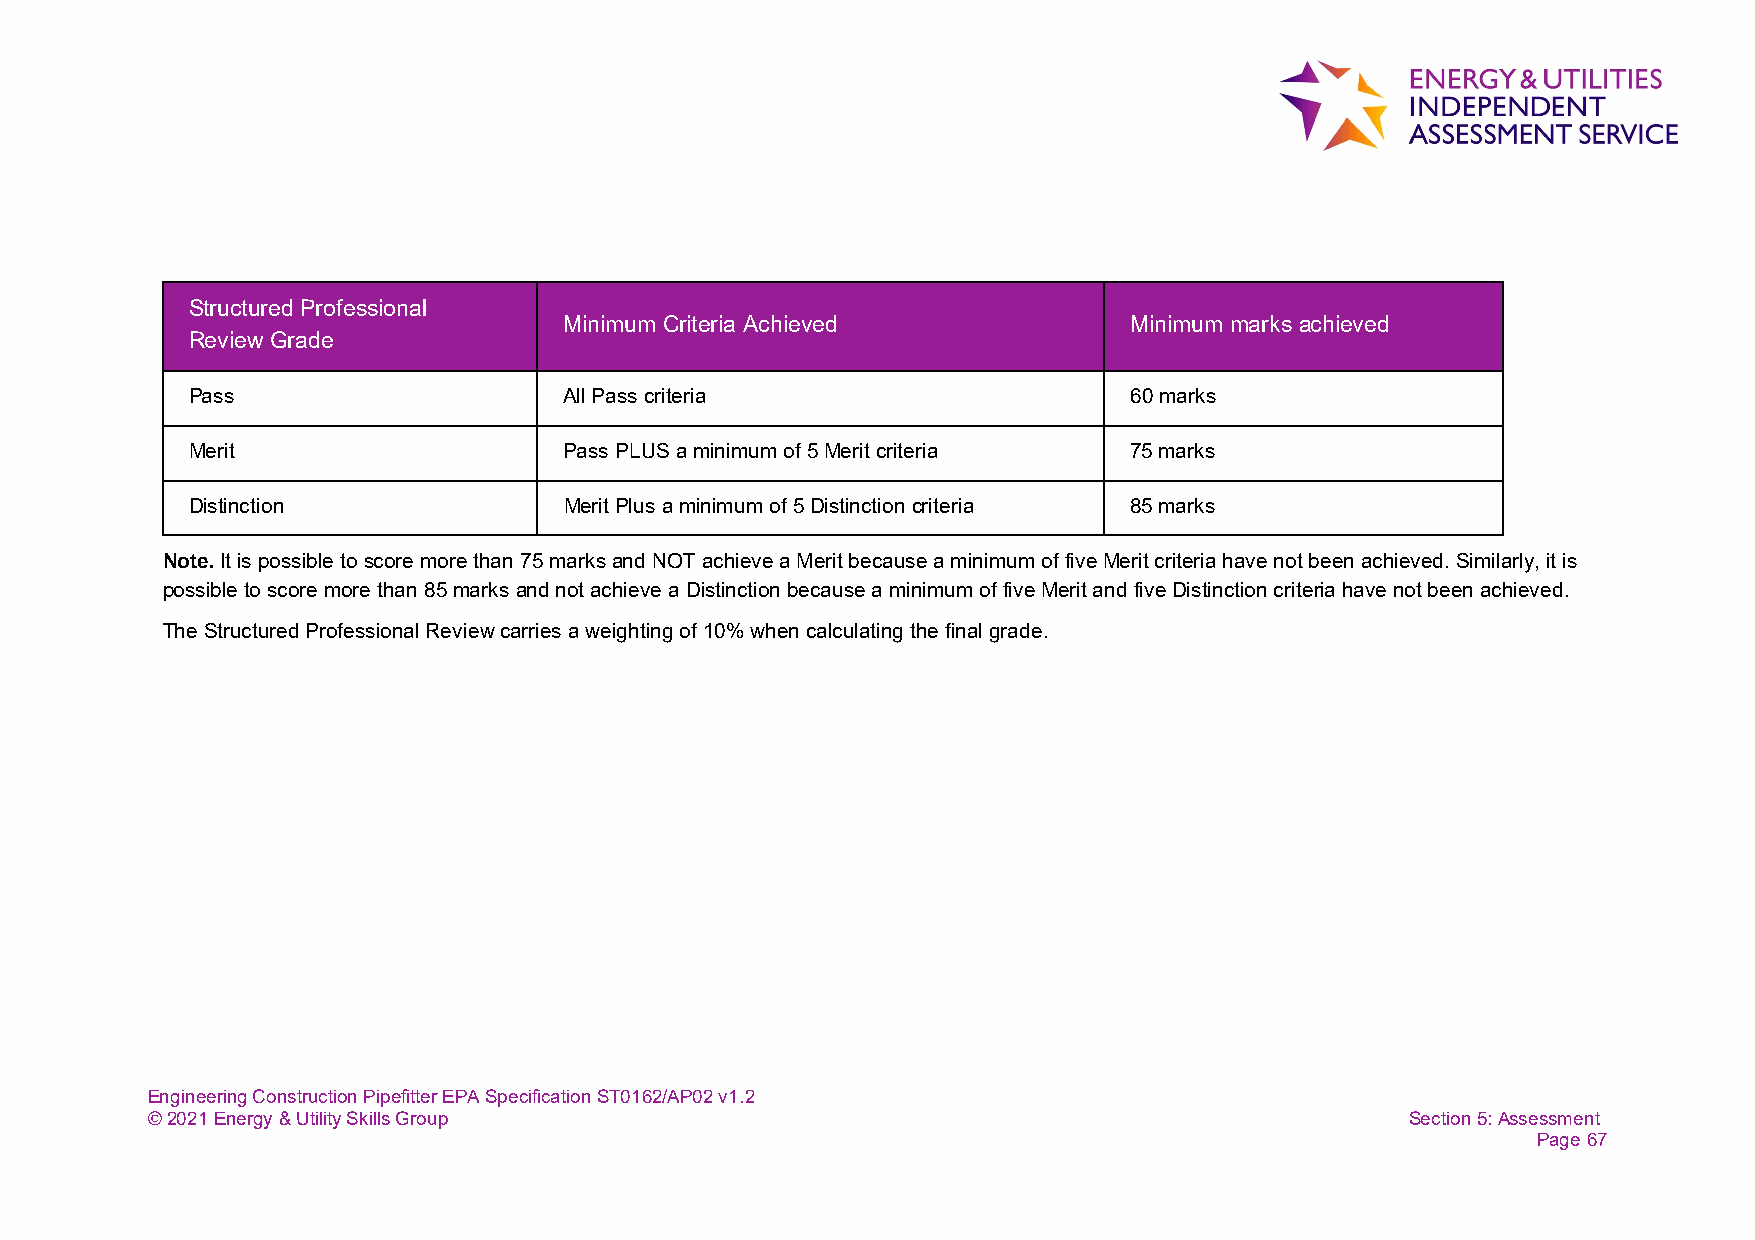
Structured Professional
 Minimum Criteria Achieved             Minimum marks achieved
 Review Grade
 Pass                     All Pass criteria                     60 marks
 Merit                    Pass PLUS a minimum of 5 Merit criteria 75 marks
 Distinction              Merit Plus a minimum of 5 Distinction criteria 85 marks
 Note. It is possible to score more than 75 marks and NOT achieve a Merit because a minimum of five Merit criteria have not been achieved. Similarly, it is
 possible to score more than 85 marks and not achieve a Distinction because a minimum of five Merit and five Distinction criteria have not been achieved.
 The Structured Professional Review carries a weighting of 10% when calculating the final grade.
 Engineering Construction Pipefitter EPA Specification ST0162/AP02 v1.2
 © 2021 Energy & Utility Skills Group                                               Section 5: Assessment
 Page 67